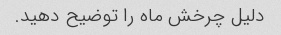
دلیل چرخش ماه را توضیح دهید.